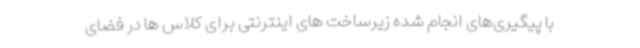
با پیگیری‌های انجام شده زیرساخت های اینترنتی برای کلاس ها در فضای